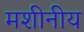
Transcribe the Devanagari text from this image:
मशीनीय